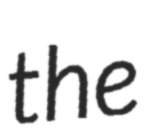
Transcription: the